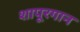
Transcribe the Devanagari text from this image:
शापूरगान